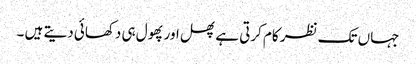
جہاں تک نظر کام کرتی ہے پھل اور پھول ہی دکھائی دیتے ہیں ۔